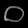
Digit: ၀